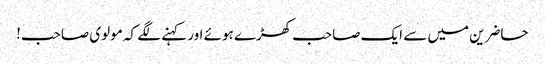
حاضرین میں سے ایک صاحب کھڑے ہوئے اور کہنے لگے کہ مولوی صاحب!